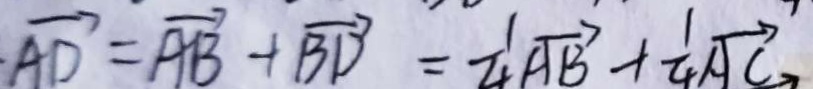
\overrightarrow { A D } = \overrightarrow { A B } + \overrightarrow { B D } = \frac { 1 } { 4 } \overrightarrow { A B } + \frac { 1 } { 4 } \overrightarrow { A C }